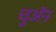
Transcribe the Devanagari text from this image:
चुअॅन